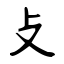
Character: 攴